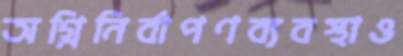
অগ্নিনির্বাপণব্যবস্থাও